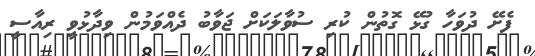
ފެށޭ ދުވަހާ ގުޅޭ ގޮތުން ކުރި ސުވާލަކަށް ޖަވާބު ދެއްވަމުން ވިދާޅުވީ ރިއާސީ